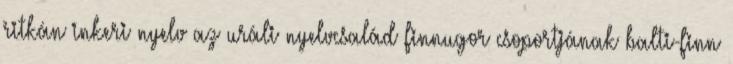
ritkán inkeri nyelv az uráli nyelvcsalád finnugor csoportjának balti-finn